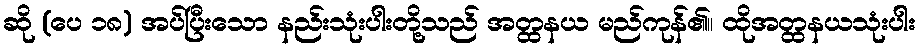
ဆို (ပေ ၁၈) အပ်ပြီးသော နည်းသုံးပါးတို့သည် အတ္ထနယ မည်ကုန်၏။ ထိုအတ္ထနယသုံးပါး